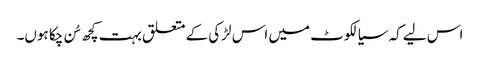
اس لیے کہ سیالکوٹ میں اس لڑکی کے متعلق بہت کچھ سُن چکا ہوں۔